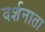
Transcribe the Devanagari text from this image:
दर्शनाता